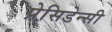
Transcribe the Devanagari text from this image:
प्रेसि़डेन्सी